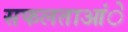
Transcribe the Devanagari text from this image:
सफलताआंे